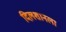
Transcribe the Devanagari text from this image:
दिलशानला